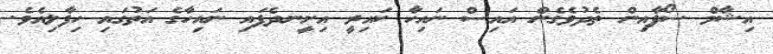
އިޝާމް ސޯފާއިން ތެދުވެގެން އައިސް ނައިހާ ކައިރީ އިށީނދެފައި ނައިހާގެ އަތުގައި ހިފާލިއެވެ.